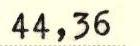
44,36